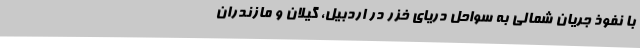
با نفوذ جریان شمالی به سواحل دریای خزر در اردبیل، گیلان و مازندران